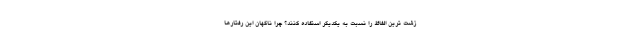
زشت ترین الفاظ را نسبت به یکدیگر استفاده کنند؟ چرا ناگهان این رفتارها